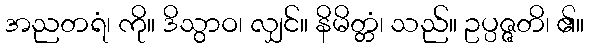
အညတရံ၊ ကို။ ဒိသွာဝ၊ လျှင်။ နိမိတ္တံ၊ သည်။ ဥပ္ပဇ္ဇတိ၊ ၏။